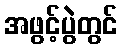
အဖွင့်ပွဲတွင်